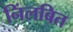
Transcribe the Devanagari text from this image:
निंलबित